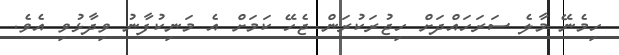
ހިމެނޭ މާލެ ސަރަހައްދަށް ހިޖުރަކުރަން ޖެހޭ ކަމަށް އެ މަނިކުފާނު ވިދާޅުވި އެވެ.